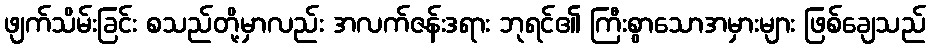
ဖျက်သိမ်းခြင်း စသည်တို့မှာလည်း အလက်ဇန်းဒရား ဘုရင်၏ ကြီးစွာသောအမှားများ ဖြစ်ချေသည်